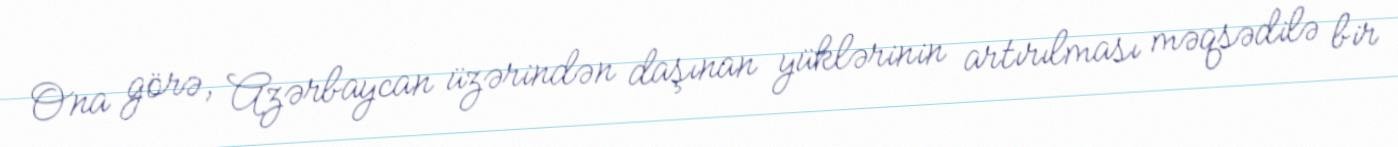
Ona görə, Azərbaycan üzərindən daşınan yüklərinin artırılması məqsədilə bir